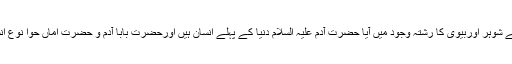
انسانی رشتوں میں سے سب پہلے شوہر اوربیوی کا رشتہ وجود میں آیا حضرت آدم علیہ السلام دنیا کے پہلے انسان ہیں اورحضرت بابا آدم و حضرت اماں حوا نوع انسانی کے اولین میاں بیوی تھے۔